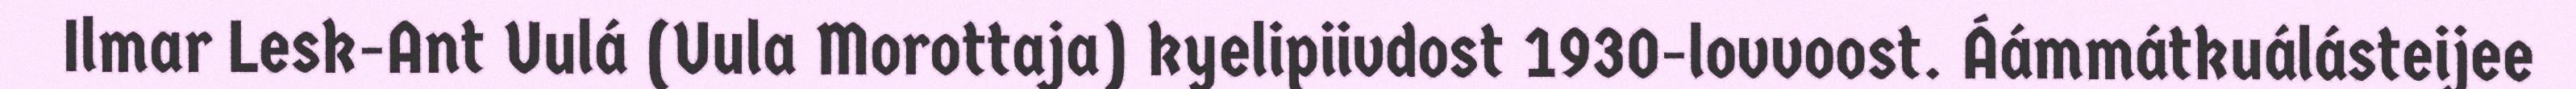
Ilmar Lesk-Ant Uulá (Uula Morottaja) kyelipiivdost 1930-lovvoost. Áámmátkuálásteijee